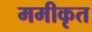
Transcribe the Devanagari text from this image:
ममीकृत